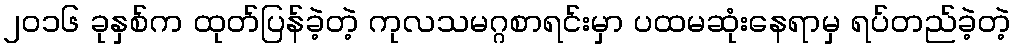
၂၀၁၆ ခုနှစ်က ထုတ်ပြန်ခဲ့တဲ့ ကုလသမဂ္ဂစာရင်းမှာ ပထမဆုံးနေရာမှ ရပ်တည်ခဲ့တဲ့